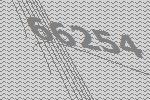
66254